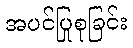
အပင်ပြုစုခြင်း